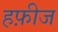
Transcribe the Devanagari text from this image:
हफ़ीज